Lunatic asylums in Bengal annual reports 1888-1898 - 1888-1898
Year: 1888
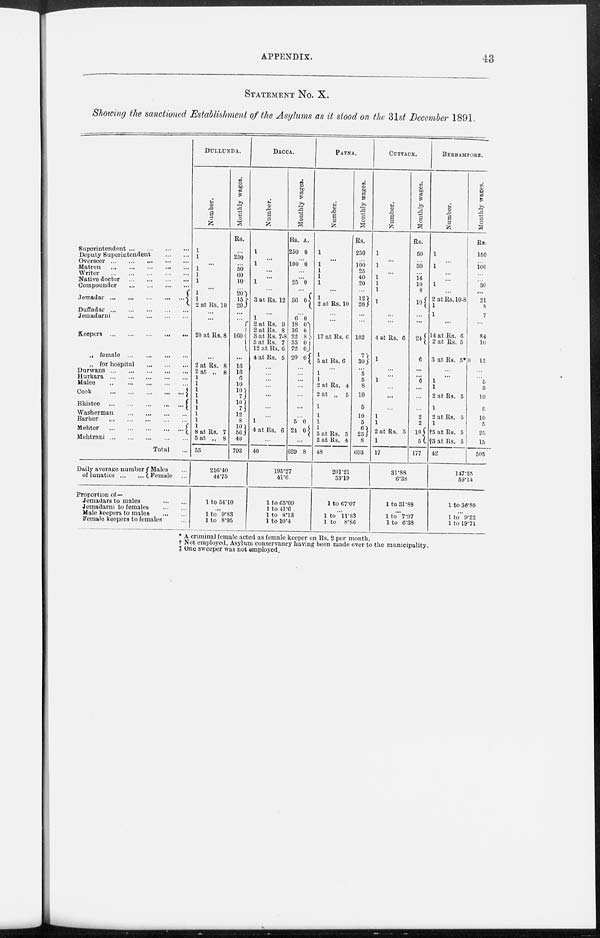
APPENDIX.
43
STATEMENT No. X.
Showing the sanctioned Establishment of the Asylums as it stood on the 31st December 1891.
Superintendent ... ...
...
...
Deputy Superintendent ...
...
Overseer
...
...
...
...
...
Matron ...
... ... ... ...
Writer
...
...
...
...
...
Native doctor
... ... ... ...
Compounder ... ... ... ...
Jemadar
...
...
...
...
...
Duffadar
...
...
...
...
...
Jemadarni ...
...
...
...
Keepers .
.
.
... ... ... ...
„ female
... ... ... ...
„ for hospital
... ... ...
Durwans
... ... ... ... ...
Hurkara
...
...
...
...
...
Malee
... ... ... ... ...
Cook
.
.
. ... ... ... ...
Bhistee
... ... ... ... ...
Washerman
... ... ... ...
Barber
... ... ... ... ...
Mehter
... ... ... ... ...
Mehtrani
...
...
...
...
...
Total ...
Daily average number
of lunatics ... ...
Males ...
Female ...
Proportion of—
Jemadars to males ... ...
Jemadarni to females ... ...
Male keepers to males
... ...
Female keepers to females ...
DULLUNDA.
Number.
1
1
...
1
1
1
...
1
1
2 at Rs. 10
...
...
20 at Rs. 8
...
2 at Rs. 8
2 at „ 8
1
1
1
1
1
1
1
1
1 8 at Rs. 7
5 at „ 8
55
Monthly wages.
Rs.
...
250
...
50
60
10
...
20
15
20
...
...
160
...
16
16
6
10
10 7
10
7 12
8
10
56
40
793
216.40
44.75
1 to 54.10
...
1 to 9.83
1 to 8.95
DACCA.
Number.
1
...
1
...
...
1
...
3 at Rs. 12
...
1
2 at Rs. 9
2 at Rs. 8
3 at Rs. 7-8
5 at Rs. 7
12 at Rs. 6
4 at Rs. 5
...
...
...
...
...
...
...
1
4 at Rs. 6
...
40
Monthly wages.
Rs.
250
A.
0
...
100 0
...
...
25 0
...
36 0
...
6
18
16
22
35
72
20
0
0 0
8
0
0
0
...
...
...
...
...
...
...
5
24
0
0
...
629 8
195.27
41.6
1 to 65.09
1 to 41.6
1 to 8.13
1 to 10.4
PATNA.
Number.
1
...
1
1
1
1
...
1
2 at Rs. 10
...
...
17 at Rs. 6
1
5 at Rs. 6
...
1
1
2 at Rs. 4
2 at „ 5
1
1
1
1
5 at Rs. 5
2 at Rs. 4
48
Monthly wages.
Rs.
250
...
100
25
40
20
...
12
20
...
...
102
7
30
...
5
5
8
10
5
10
5
6
25
8
693
201.21
53.19
1 to 67.07
...
1 to 11.83
1 to 8.86
CUTTACK.
Number.
1
...
1
...
1
1
1
1
...
...
4 at Rs. 6
1
...
...
1
...
...
... 1
1
2 at Rs. 5
1
17
Monthly wages.
Rs.
50
...
30
...
14
10
8
10
...
...
24
6
...
...
6
...
...
... 2
2
10
5
177
31.88
6.38
1 to 31.88
...
1 to 7.97
1 to 6.38
BERHAMPORE.
Number.
1
...
1
...
...
1
...
2 at Rs. 10-8
1
1
...
14 at Rs. 6
2 at Rs. 5
3 at Rs. 5*
...
...
1
1
2 at Rs. 5
1
2 at Rs. 5
1
†5 at Rs. 5
†3 at Rs. 5
42
Monthly wages.
Rs.
150
...
100
...
...
30
...
21
8
7
...
84
10
0 15
...
...
5
5
10
5 10
5
25
15
505
147.55
59.14
1 to 36.89
...
1 to 9.22
1 to 19.71
* A criminal female acted as female keeper on Rs. 2 per month.
† Not employed, Asylum conservancy having been made over to the municipality.
‡ One sweeper was not employed.